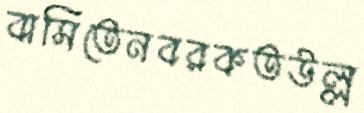
বাসিতেনবরকতউল্ল